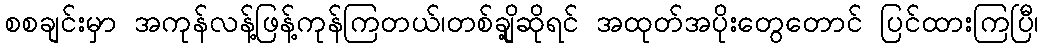
စစချင်းမှာ အကုန်လန့်ဖြန့်ကုန်ကြတယ်၊တစ်ချို့ဆိုရင် အထုတ်အပိုးတွေတောင် ပြင်ထားကြပြီ၊